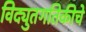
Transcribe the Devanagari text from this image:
विद्युतगतिकीचे